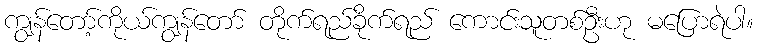
ကျွန်တော့်ကိုယ်ကျွန်တော် တိုက်ရည်ခိုက်ရည် ကောင်းသူတစ်ဦးဟု မပြောရဲပါ။